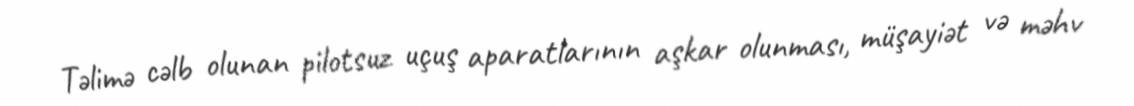
Təlimə cəlb olunan pilotsuz uçuş aparatlarının aşkar olunması, müşayiət və məhv